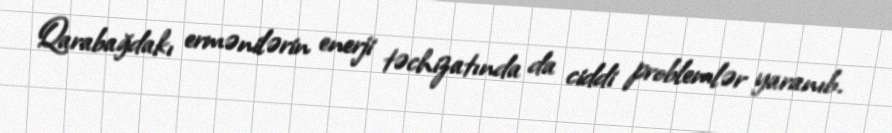
Qarabağdakı ermənilərin enerji təchizatında da ciddi problemlər yaranıb.